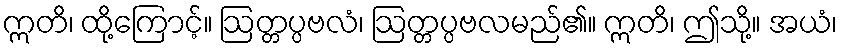
ဣတိ၊ ထို့ကြောင့်။ ဩတ္တပ္ပဗလံ၊ ဩတ္တပ္ပဗလမည်၏။ ဣတိ၊ ဤသို့။ အယံ၊